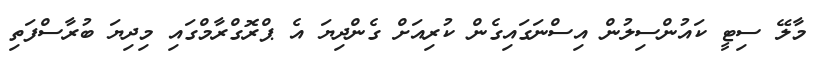
މާލޭ ސިޓީ ކައުންސިލުން އިސްނަގައިގެން ކުރިއަށް ގެންދިޔަ އެ ޕްރޮގްރާމްގައި މިދިޔަ ބުރާސްފަތި